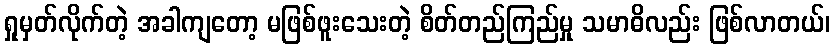
ရှုမှတ်လိုက်တဲ့ အခါကျတော့ မဖြစ်ဖူးသေးတဲ့ စိတ်တည်ကြည်မှု သမာဓိလည်း ဖြစ်လာတယ်၊